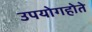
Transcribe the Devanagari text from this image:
उपयोगहोते